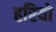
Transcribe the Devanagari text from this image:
हरियो